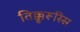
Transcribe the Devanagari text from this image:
तिक्कुरूस्सि